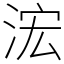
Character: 浤